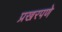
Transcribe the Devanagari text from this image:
प्रखरपणे